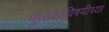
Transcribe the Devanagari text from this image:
पुस्तकाविषयीच्या